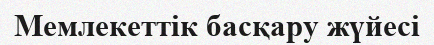
Мемлекеттік басқару жүйесі